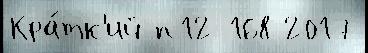
Кра́тк'ий п12 168 2017